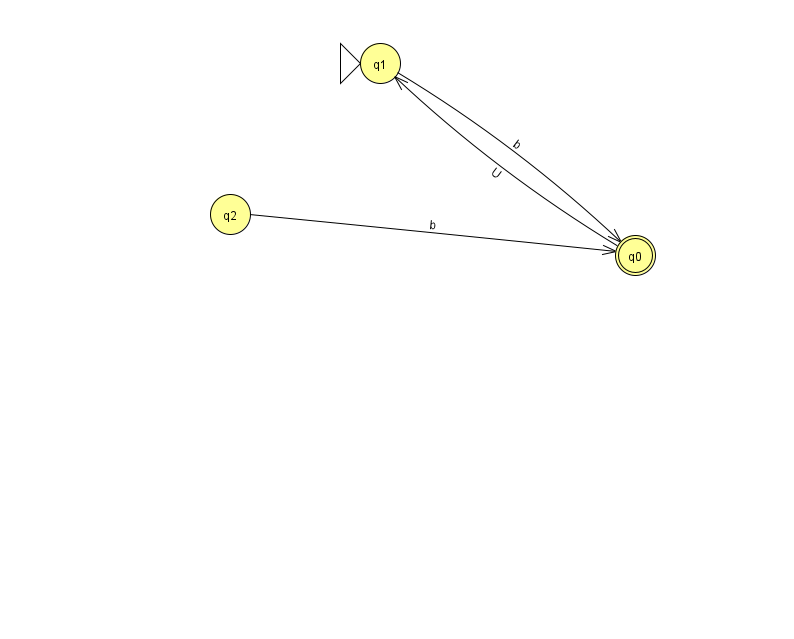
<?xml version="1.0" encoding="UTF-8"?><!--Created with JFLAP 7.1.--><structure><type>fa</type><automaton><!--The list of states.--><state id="0" name="q0"><x>635.0</x><y>242.0</y><final/></state><state id="1" name="q1"><x>380.0</x><y>50.0</y><initial/></state><state id="2" name="q2"><x>230.0</x><y>201.0</y></state><!--The list of transitions.--><transition><from>0</from><to>1</to><read>U</read></transition><transition><from>1</from><to>0</to><read>b</read></transition><transition><from>2</from><to>0</to><read>b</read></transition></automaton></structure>